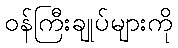
ဝန်ကြီးချုပ်များကို